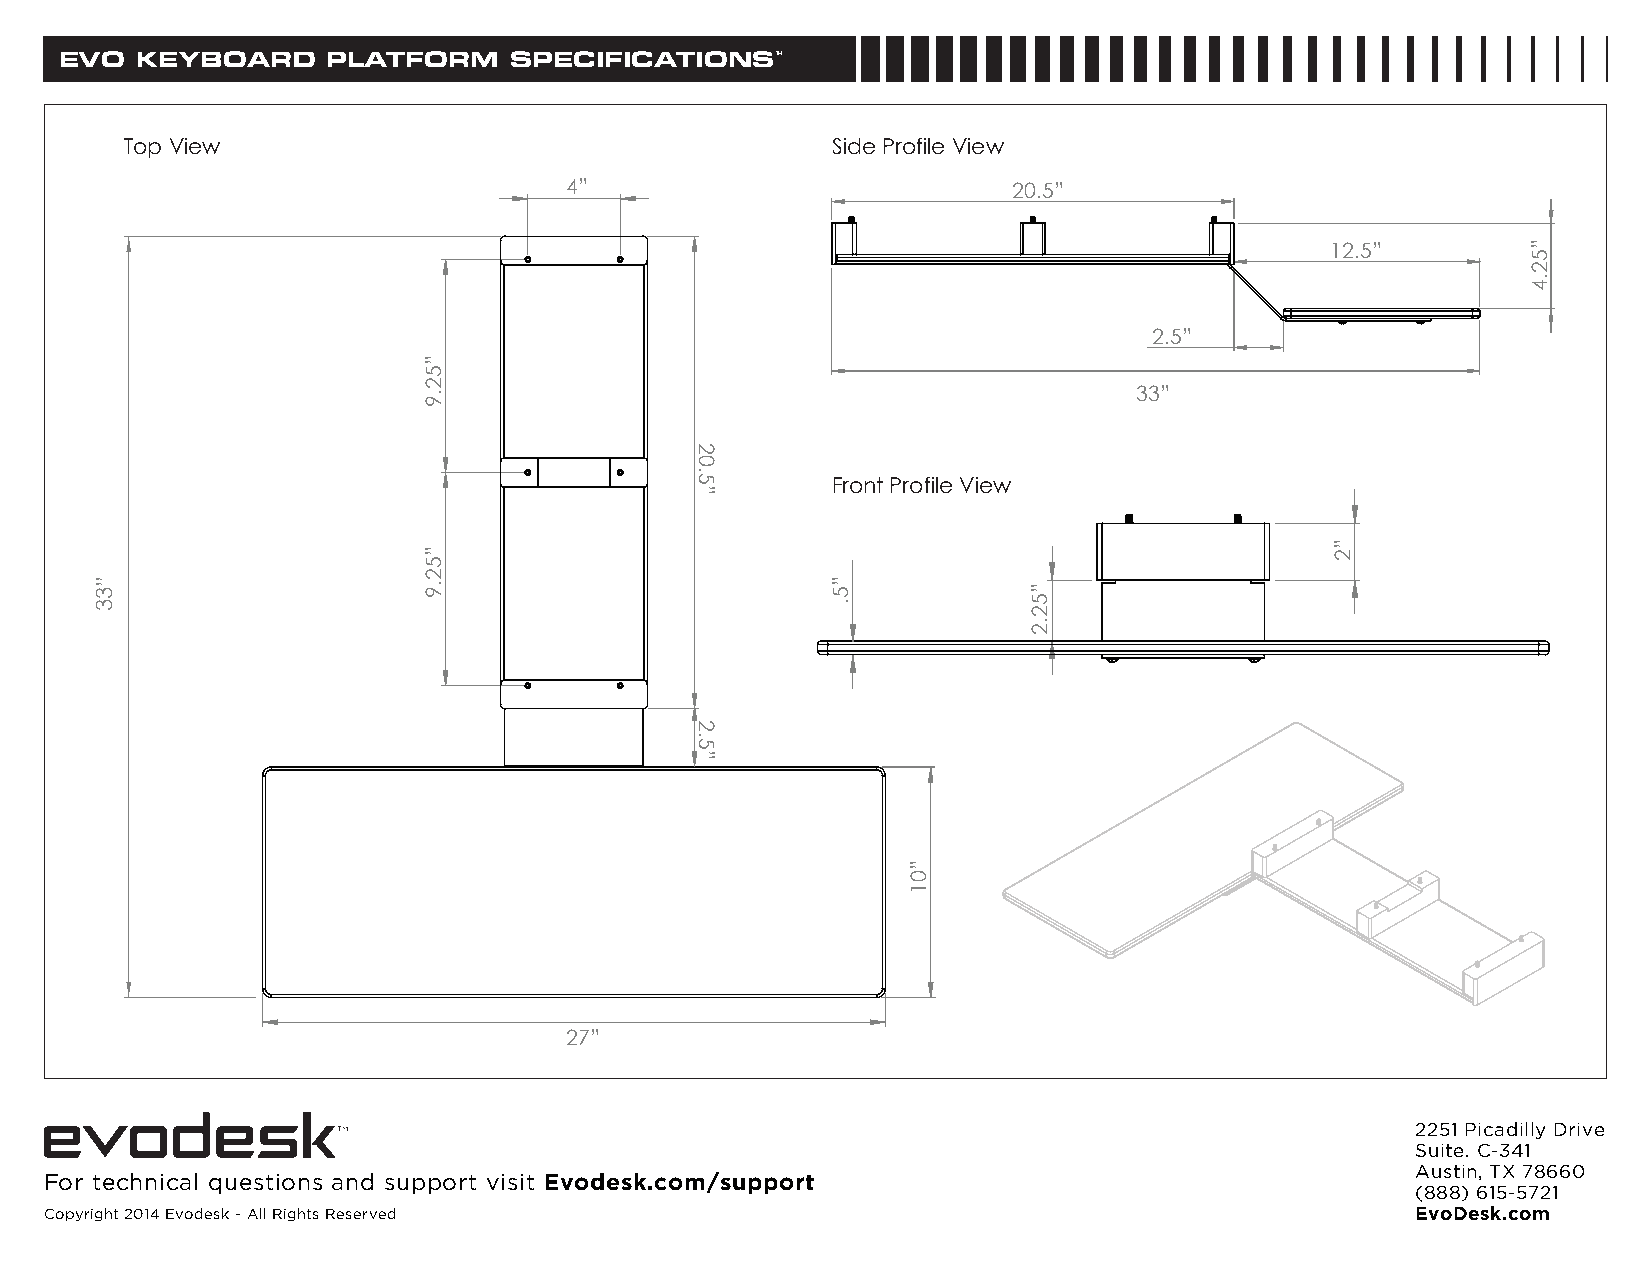
EVO  KEYBOARD     PLATFORM    SPECIFICATIONSTM
 Top View                                       Side Profile View
 4”                            20.5”
 12.5”
 2.5”
 33”
 Front Profile View
 27”
 2251 Picadilly Drive
 Suite. C-341
 Austin, TX 78660
 For technical questions and support visit Evodesk.com/support
 (888) 615-5721
 Copyright 2014 Evodesk - All Rights Reserved                                               EvoDesk.com
 ”33
 ”52.9
 ”52.9
 20.5”
 2.5”
 ”5.
 ”01
 ”52.2
 ”2
 ”52.4